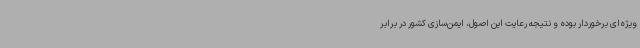
ویژه‌ای برخوردار بوده و نتیجه رعایت این اصول، ایمن‌سازی کشور در برابر